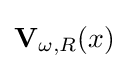
\mathbf {V} _{\omega ,R}(x)